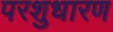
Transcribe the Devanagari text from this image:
परशुधारण